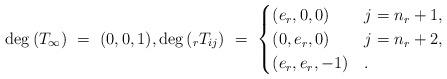
LaTeX: \begin{align*} \deg\, (T_\infty) \ =\ (0,0,1), \deg\, (_rT_{ij}) \ =\ \begin{cases} (e_r,0,0) &j=n_r+1,\\ (0,e_r,0)&j=n_r+2,\\ (e_r,e_r,-1)&. \end{cases}\end{align*}